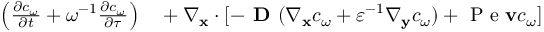
\begin{array} { r l } { \left( \frac { \partial c _ { \omega } } { \partial t } + \omega ^ { - 1 } \frac { \partial c _ { \omega } } { \partial \tau } \right) } & { { } + \nabla _ { \mathbf x } \cdot [ - \textbf { D } ( \nabla _ { \mathbf x } c _ { \omega } + \varepsilon ^ { - 1 } \nabla _ { \mathbf y } c _ { \omega } ) + \mathrm { ~ P ~ e ~ } \mathbf v c _ { \omega } ] } \end{array}